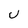
Character: U